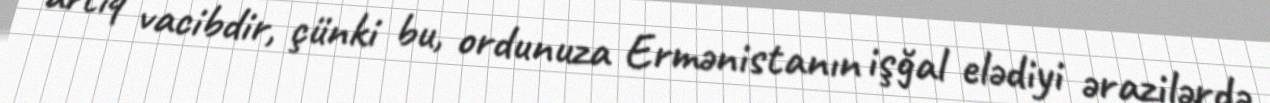
artıq vacibdir, çünki bu, ordunuza Ermənistanın işğal elədiyi ərazilərdə